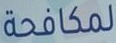
لمكافحة